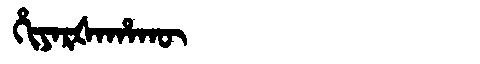
Manchu: ᡥᡳᠶᠠᡵᡧᠠᡥᠠᡴᡡ
Romanization: HIYARŠAHAKŪ